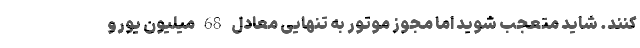
کنند. شاید متعجب شوید اما مجوز موتور به تنهایی معادل 68 میلیون یورو